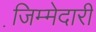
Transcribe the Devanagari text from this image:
जि़म्मेदारी